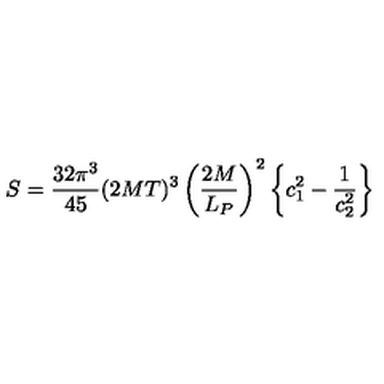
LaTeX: S = { \frac { 3 2 \pi ^ { 3 } } { 4 5 } } ( 2 M T ) ^ { 3 } \left( { \frac { 2 M } { L _ { P } } } \right) ^ { 2 } \left\{ c _ { 1 } ^ { 2 } - { \frac { 1 } { c _ { 2 } ^ { 2 } } } \right\}